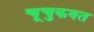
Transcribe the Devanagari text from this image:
चूचुकवत